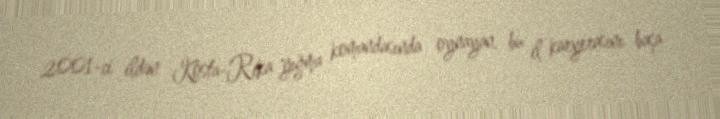
2001-ci ildən Kosta-Rika yığma komandasında oynayan, bu il karyerasını başa